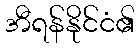
အီရန်နိုင်ငံ၏